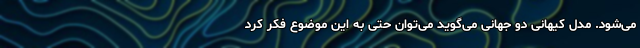
می‌شود. مدل کیهانی دو جهانی می‌گوید می‌توان حتی به این موضوع فکر کرد